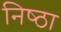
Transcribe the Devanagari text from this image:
निष्‍ठा